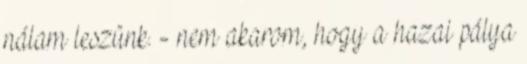
nálam leszünk. - nem akarom, hogy a hazai pálya